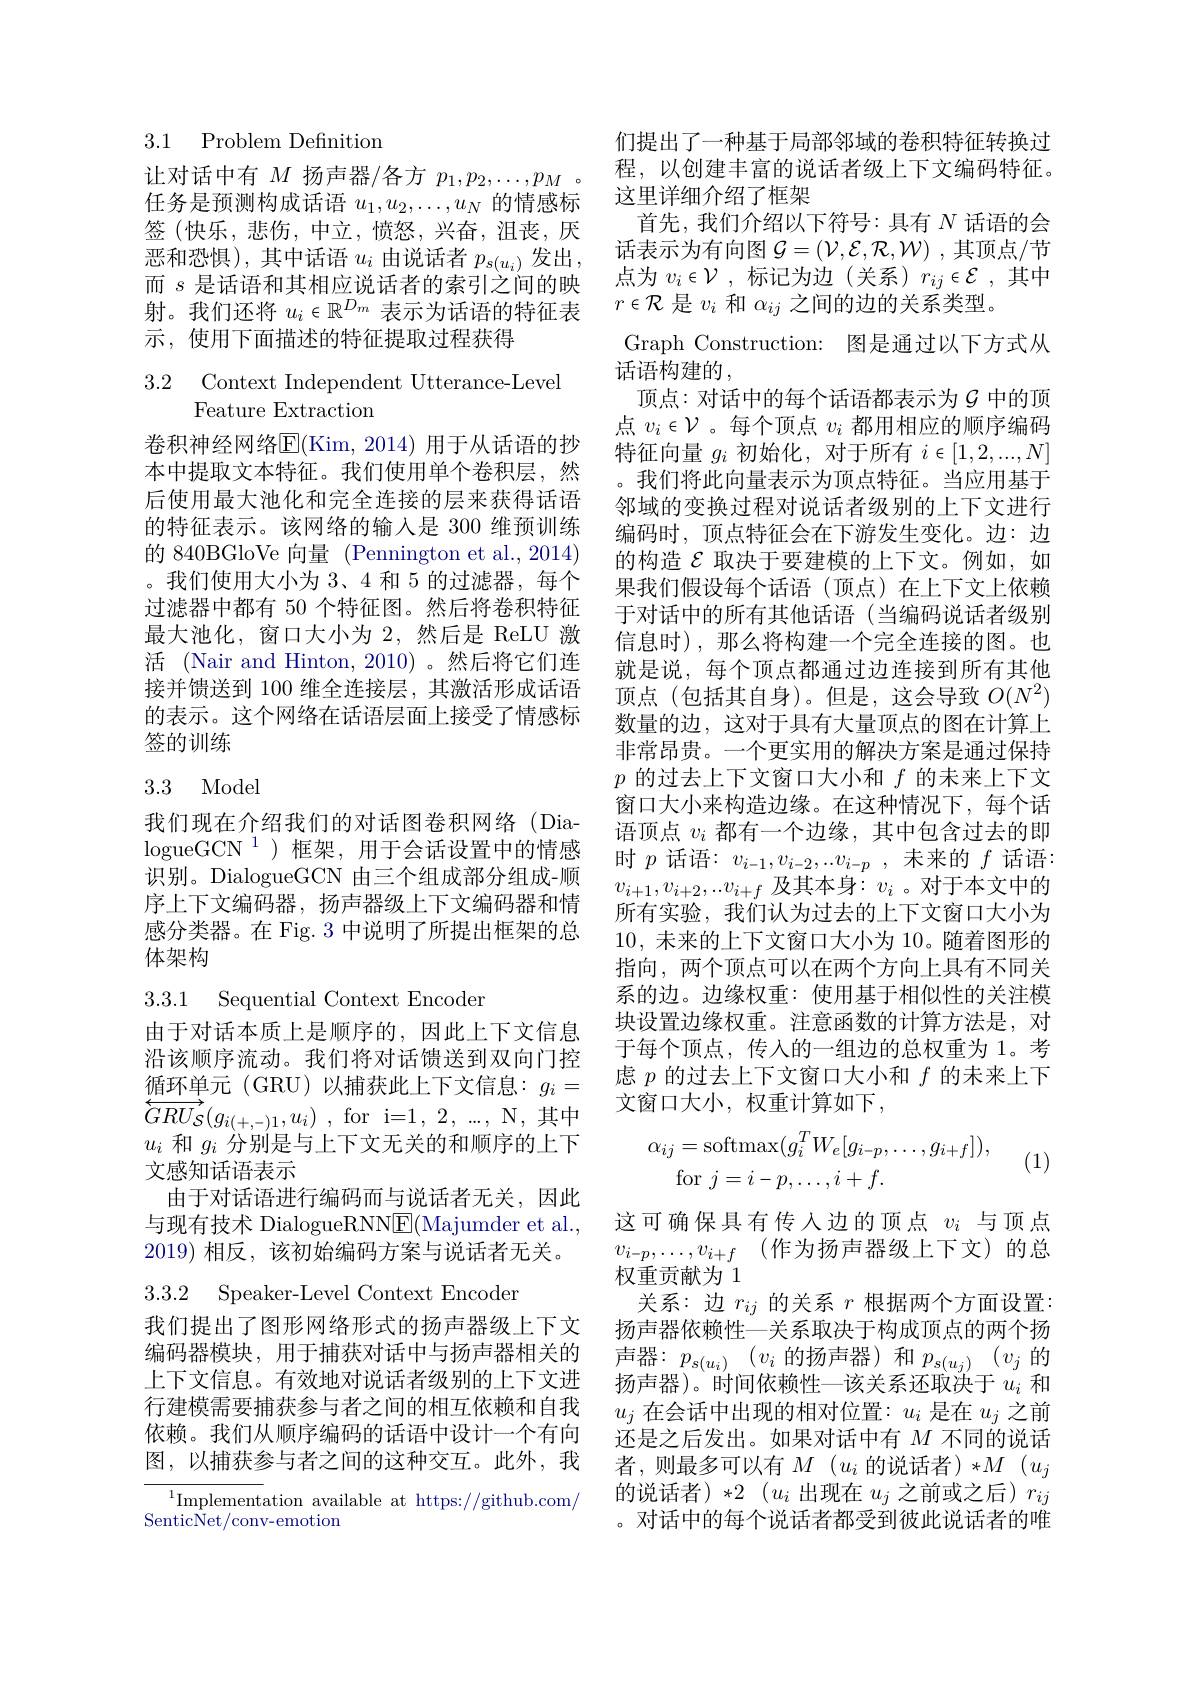
3.1 Problem Definition

让对话中有$M$扬声器/各方$p_1,p_2,\ldots,p_M$ 。任务是预测构成话语$u_1,u_2,\ldots,u_N$的情感标签(快乐，悲伤，中立，愤怒，兴奋，沮丧，厌恶和恐惧),其中话语$u_i$由说话者$p_s(u_i)$发出， 而$s$是话语和其相应说话者的索引之间的映射。我们还将$u_i\in\mathbb{R}^{D_m}$表示为话语的特征表示，使用下面描述的特征提取过程获得

3.2 Context Independent Utterance-Levei
## Feature Extraction

卷积神经网络E(Kim,2014)用于从话语的抄本中提取文本特征。我们使用单个卷积层，然后使用最大池化和完全连接的层来获得话语的特征表示。该网络的输入是 300 维预训练的 840BGloVe 向量 (Pennington et al., 2014) 。我们使用大小为 3、4 和 5 的过滤器，每个过滤器中都有 50 个特征图。然后将卷积特征最大池化，窗口大小为 2,然后是 ReLU 激活 (Nair and Hinton, 2010)。然后将它们连接并馈送到 100 维全连接层，其激活形成话语的表示。这个网络在话语层面上接受了情感标签的训练

## 3.3 Model

我们现在介绍我们的对话图卷积网络(DialogueGCN $^{1}$)框架，用于会话设置中的情感识别。DialogueGCN 由三个组成部分组成-顺序上下文编码器，扬声器级上下文编码器和情感分类器。在 Fig. 3 中说明了所提出框架的总体架构

3.3.1 Sequential Context Encoder

由于对话本质上是顺序的，因此上下文信息沿该顺序流动。我们将对话馈送到双向门控$\underbrace{\text{循环单元(GRU)以捕获此上下文信息：}}g_i=$ $\overleftrightarrow {GRU}_{\mathcal{S} }( g_{i( + , - ) 1}, u_{i})$ ,for i= 1, 2, . . . , N, 其 中 $u_i$和$g_i$分别是与上下文无关的和顺序的上下文感知话语表示
由于对话语进行编码而与说话者无关，因此与现有技术 DialogueRNNE(Majumder et al., 2019)相反，该初始编码方案与说话者无关。

3.3.2 Speaker-Level Context Encoder

我们提出了图形网络形式的扬声器级上下文编码器模块，用于捕获对话中与扬声器相关的上下文信息。有效地对说话者级别的上下文进行建模需要捕获参与者之间的相互依赖和自我依赖。我们从顺序编码的话语中设计一个有向图，以捕获参与者之间的这种交互。此外，我

$^{1}$Implementation available at https://github.com/
SenticNet/conv-emotion

们提出了一种基于局部邻域的卷积特征转换过程，以创建丰富的说话者级上下文编码特征。这里详细介绍了框架
首先，我们介绍以下符号：具有$N$话语的会话表示为有向图$\mathcal{G}=(\mathcal{V},\mathcal{E},\mathcal{R},\mathcal{W})$ ,其顶点/节点为 $v_i\in\mathcal{V}$, 标记为边(关系)$r_ij\in\mathcal{E}$,其中$r\in\mathcal{R}$是$v_i$和$\alpha_ij$之间的边的关系类型。
Graph Construction: 图是通过以下方式从
话语构建的，
顶点：对话中的每个话语都表示为$\mathcal{G}$ 中的顶点$v_i\in\mathcal{V}$ 。每个顶点$v_i$都用相应的顺序编码特征向量$g_i$初始化，对于所有$i\in[1,2,...,N]$ 。我们将此向量表示为顶点特征。当应用基于邻域的变换过程对说话者级别的上下文进行编码时，顶点特征会在下游发生变化。边：边的构造$\mathcal{E}$取决于要建模的上下文。例如，如果我们假设每个话语(顶点)在上下文上依赖于对话中的所有其他话语(当编码说话者级别信息时),那么将构建一个完全连接的图。也就是说，每个顶点都通过边连接到所有其他顶点(包括其自身)。但是，这会导致$O(N^2)$ 数量的边，这对于具有大量顶点的图在计算上非常昂贵。一个更实用的解决方案是通过保持$p$的过去上下文窗口大小和$f$的未来上下文窗口大小来构造边缘。在这种情况下，每个话语顶点$v_i$都有一个边缘，其中包含过去的即时$p$话语：$v_i-1,v_{i-2},...v_{i-p}$,未来的$f$话语： $v_{i+1},v_{i+2},..v_{i+f}$及其本身：$v_i$ 。对于本文中的所有实验，我们认为过去的上下文窗口大小为10,未来的上下文窗口大小为 10。随着图形的指向，两个顶点可以在两个方向上具有不同关系的边。边缘权重：使用基于相似性的关注模块设置边缘权重。注意函数的计算方法是，对于每个顶点，传入的一组边的总权重为1。考虑$p$的过去上下文窗口大小和$f$的未来上下文窗口大小，权重计算如下，
$$\alpha_{ij}=\mathrm{softmax}(g_{i}^{T}W_{e}[g_{i-p},\ldots,g_{i+f}]),\\\mathrm{for}\:j=i-p,\ldots,i+f.$$
(1)

这可确保具有传人边的顶点$v_i$与顶点$v_{i- p}, \ldots , v_{i+ f}$ (作为扬声器级上下文)的总

权重贡献为1
关系：边$r_ij$的关系$r$根据两个方面设置： 扬声器依赖性—关系取决于构成顶点的两个扬声器：$p_s(u_i)(v_i$的扬声器)和$p_s(u_j)$($v_j$ 的扬声器)。时间依赖性一该关系还取决于$u_i$和$u_j$在会话中出现的相对位置：$u_i$是在$u_j$之前还是之后发出。如果对话中有$M$不同的说话者，则最多可以有$M(u_i$ 的说话者)$*M(u_j$ 的说话者) $* 2\allowbreak ( {\mathrm{mod}} u_i$出 现 在 $u_j$ 之 前 或 之 后 $) r_{ij}$ ,对话中的每个说话者都受到彼此说话者的唯